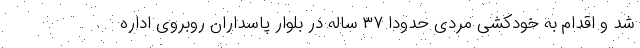
شد و اقدام به خودکشی مردی حدودا ۳۷ ساله در بلوار پاسداران روبروی اداره